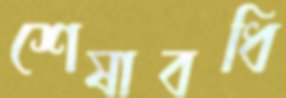
শেষাবধি